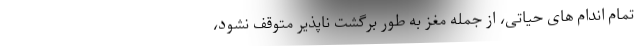
تمام اندام های حیاتی، از جمله مغز به طور برگشت ناپذیر متوقف نشود،